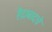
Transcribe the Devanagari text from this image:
हैद्राबादचे